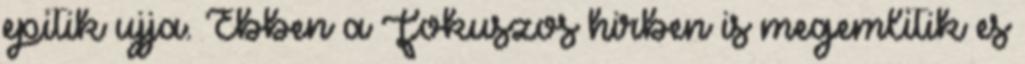
epitik ujja. Ebben a Fokuszos hirben is megemlitik es